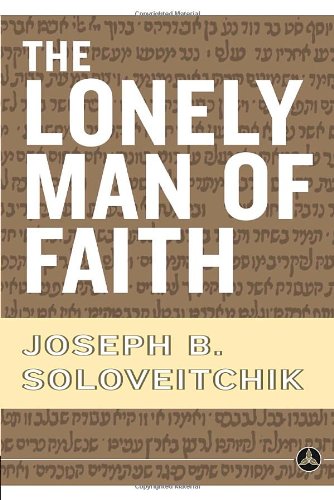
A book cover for The Lonely Man of Faith; Joseph B. Soloveitchik; Religion & Spirituality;